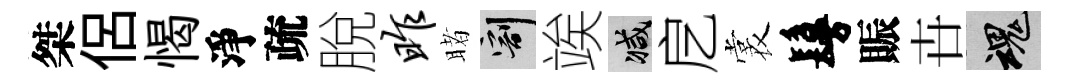
桀侶愒淨疏脫昨睹割竢减戹裳鬘賑卋魂